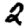
Digit: 2